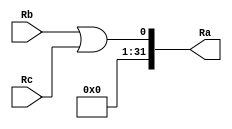
module or_32bit(
	input [31:0] Rb, Rc,
	output [31:0] Ra
	);
	
	assign Ra = Rb || Rc;
endmodule